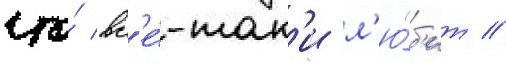
что́ вс'е́-так'и л'ю́б'ит //